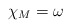
\begin{align*}\chi_M=\omega\end{align*}